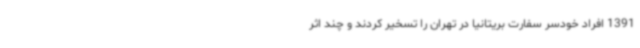
1391 افراد خودسر سفارت بریتانیا در تهران را تسخیر کردند و چند اثر